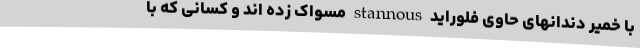
با خمیر دندانهای حاوی فلوراید stannous مسواک زده اند و کسانی که با